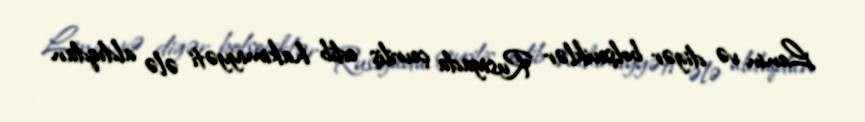
Lenin və digər bolşeviklər Rusiyada çevriliş edib hakimiyyəti ələ aldıqdan